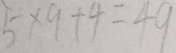
5 \times 9 + 4 = 4 9